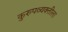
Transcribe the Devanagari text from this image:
कुरुपव्यक्तीला